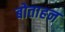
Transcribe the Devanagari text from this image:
बोताहन